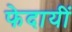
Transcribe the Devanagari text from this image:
फेदायीं